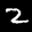
Label: 2